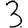
Digit: 3